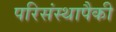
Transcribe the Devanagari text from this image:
परिसंस्थापैकी